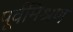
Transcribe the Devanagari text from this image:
पूर्वमिश्रण